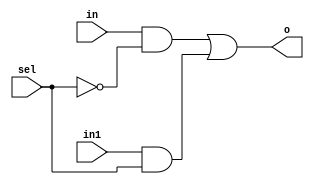
`timescale 1ns / 1ps
//////////////////////////////////////////////////////////////////////////////////
// Company: 
// Engineer: 
// 
// Design Name: 
// Module Name: m2_1x1
// Project Name: 
// Target Devices: 
// Tool Versions: 
// Description: 
// 
// Dependencies: 
// 
// Revision:
// Revision 0.01 - File Created
// Additional Comments:
// 
//////////////////////////////////////////////////////////////////////////////////


module m2_1x1(
input in,
input in1,
input sel,
output o
 );
assign o = (in & ~sel) | (in1 & sel);

endmodule